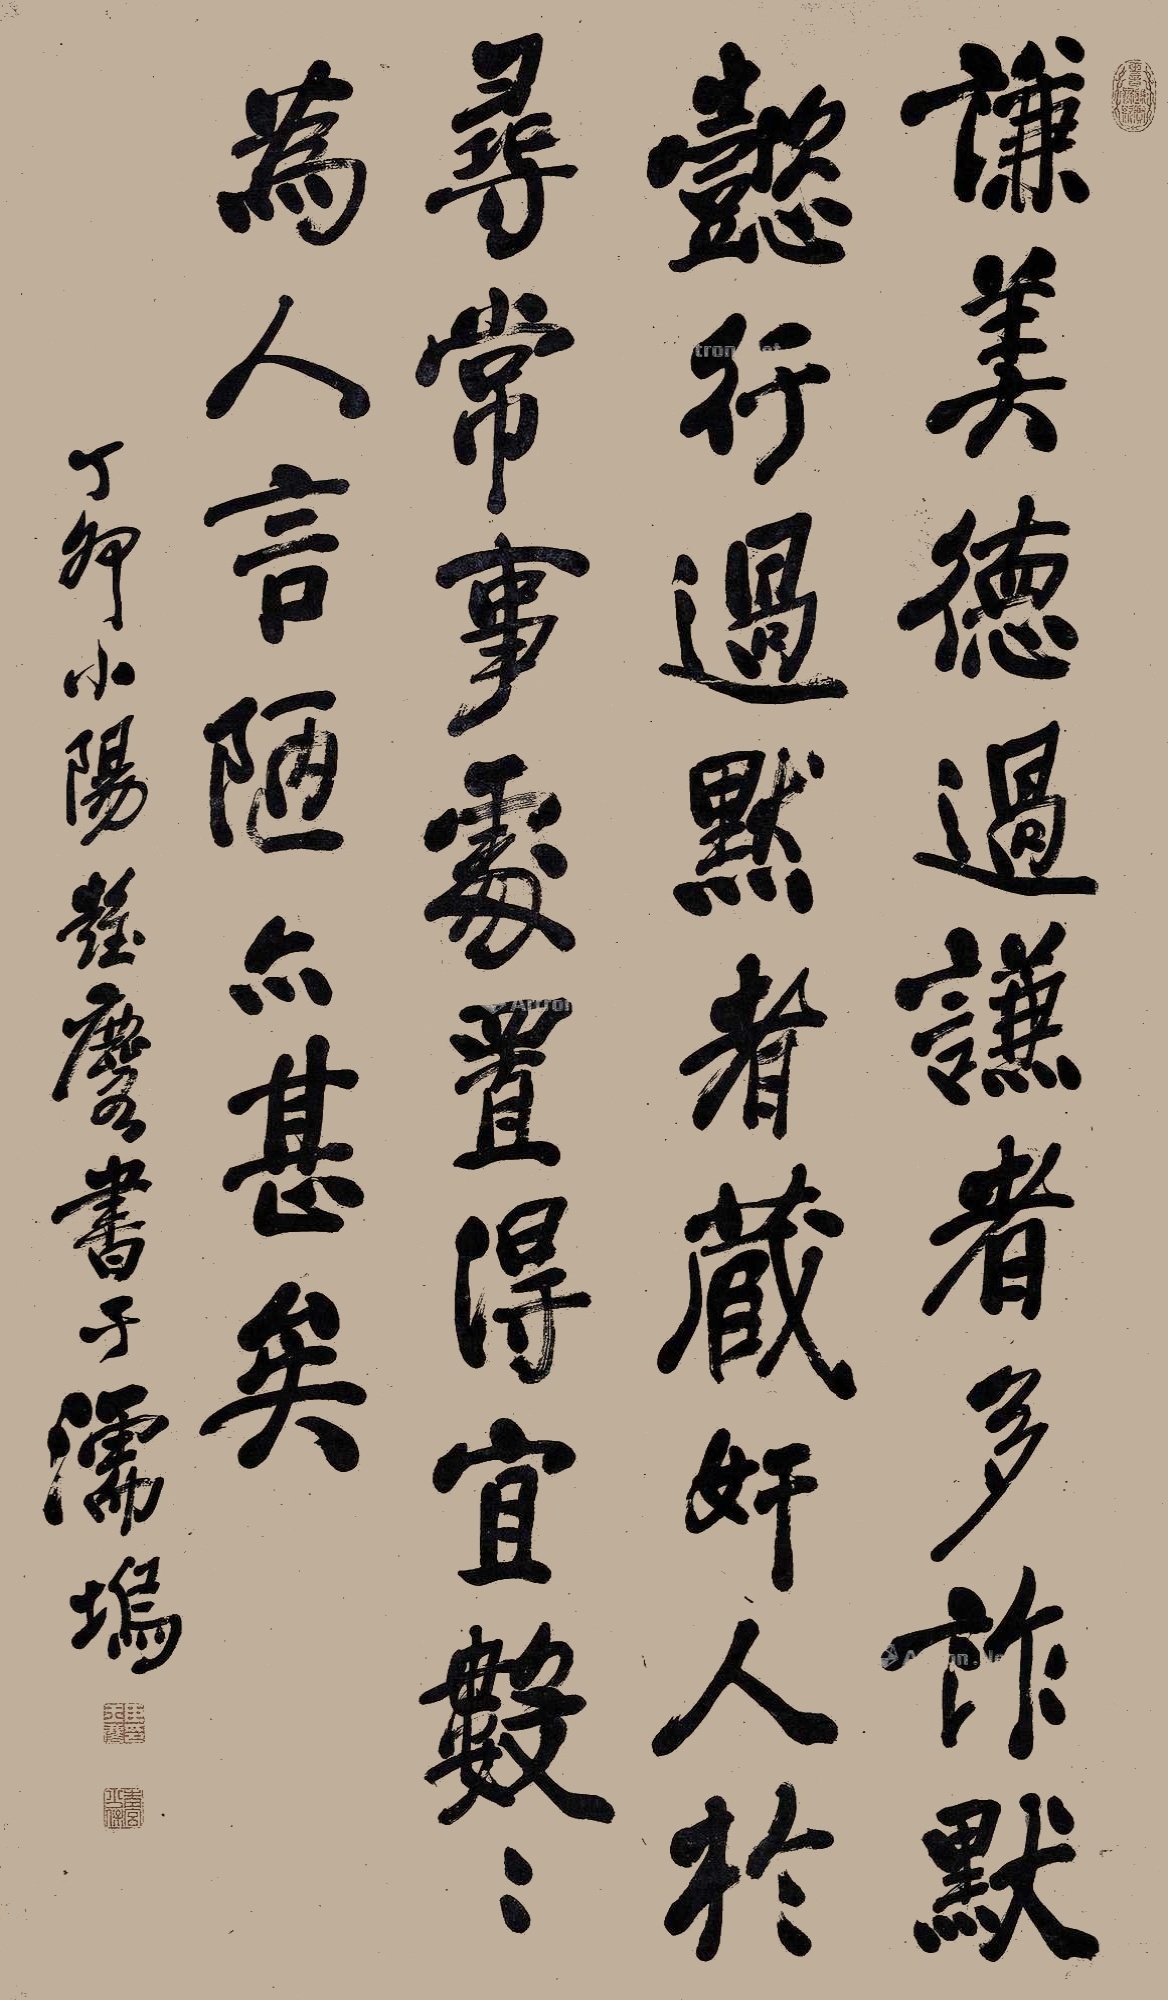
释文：谦美德，过谦者多诈，默懿行，过默者藏奸。人于寻常事处置得宜，数数为人言，陋亦甚矣。丁卯小阳，彭玉麟书于濡坞。